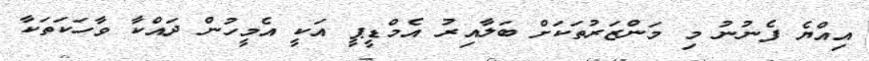
އިއްޔެ ފެނުނު މި މަންޒަރުތަކަށް ބަލާއިރު އެމްޑީޕީ އަކީ އެމީހުން ދައްކާ ވާހަކަތަކާ